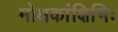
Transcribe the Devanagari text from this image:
मोक्षकांक्षिभिः